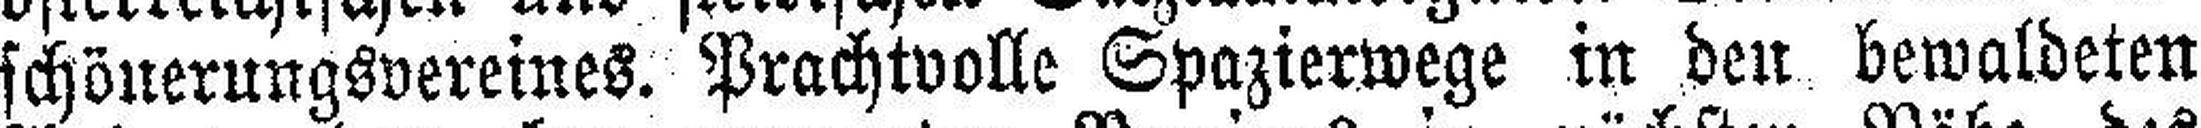
schönerungsvereines. Prachtvolle Spazierwege in den bewaldeten